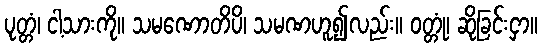
ပုတ္တံ၊ ငါ့သားကို။ သမဏောတိပိ၊ သမဏဟူ၍လည်း။ ဝတ္တုံ၊ ဆိုခြင်းငှာ။